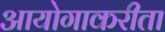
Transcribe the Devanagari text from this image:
आयोगाकरीता